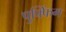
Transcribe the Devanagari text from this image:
पुफ्फिंग